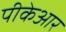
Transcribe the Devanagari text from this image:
पीकेआर